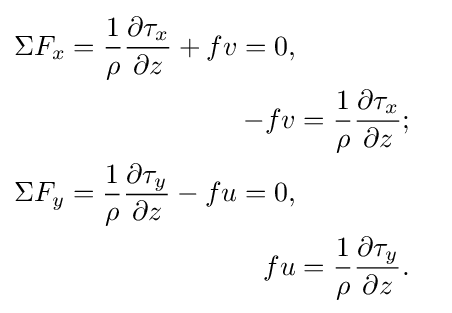
{\begin{aligned}\Sigma F_{x}={\frac {1}{\rho }}{\frac {\partial \tau _{x}}{\partial z}}+fv=0,\\-fv&={\frac {1}{\rho }}{\frac {\partial \tau _{x}}{\partial z}};\\\Sigma F_{y}={\frac {1}{\rho }}{\frac {\partial \tau _{y}}{\partial z}}-fu=0,\\fu&={\frac {1}{\rho }}{\frac {\partial \tau _{y}}{\partial z}}.\end{aligned}}